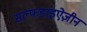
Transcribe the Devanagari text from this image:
सल्फडाइऐज़ीन